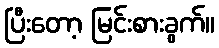
ပြီးတော့ မြင်းစားခွက်။